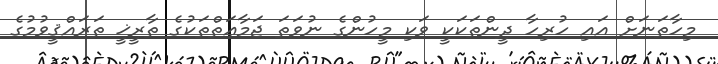
މިހާތަނަށް އައި ހުރިހާ ދީންތަކަކީ ވަކި މީހުންގެ ނުވަތަ ޖަމާޢަތްތަކުގެ ތާރީޚީ ތަރައްޤީވުމުގެ